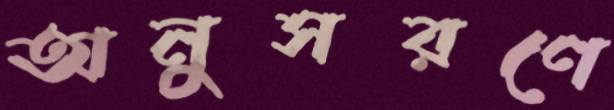
অনুসরণে